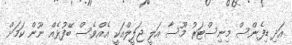
އަދި ޑިފެންސް މިނިސްޓަރު މޫސާ އަލީ ޖަލީލްއަކީ އެއްވެސް ބޭފުޅެއް ނޫން ކަމަށް